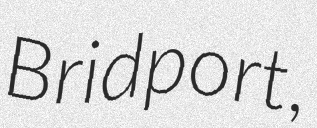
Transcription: Bridport,